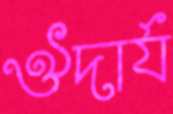
ঔদার্য